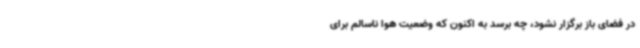
در فضای باز برگزار نشود، چه برسد به اکنون که وضعیت هوا ناسالم برای